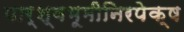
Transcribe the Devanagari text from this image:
पार्श्वभूमीनिरपेक्ष